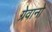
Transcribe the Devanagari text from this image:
ग्रेवानो